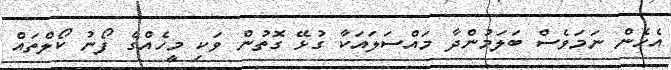
އެހެން ނަމަވެސް ބަލަމުންދާ މައްސަލައަކާ ގުޅޭ ގޮތުން ވަކި މީހެއްގެ ފޯނު ކޯލްތައް